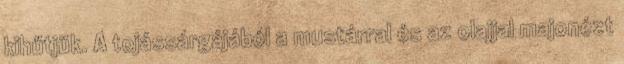
kihűtjük. A tojássárgájából a mustárral és az olajjal majonézt